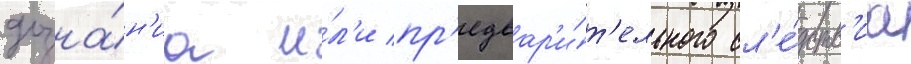
дозна́н'иа и́л'и пр'едвар'и́т'ельного сл'е́дств'иа